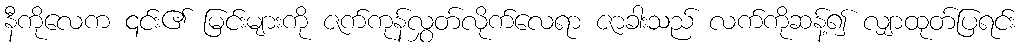
နီကိုလေက ၎င်း၏ မြင်းများကို ဇက်ကုန်လွှတ်လိုက်လေရာ ဇာခါးသည် လက်ကိုဆန့်၍ လျှာထုတ်ပြရင်း